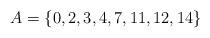
LaTeX: \begin{align*}A = \{0, 2, 3, 4, 7, 11, 12, 14\}\end{align*}